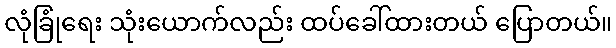
လုံခြုံရေး သုံးယောက်လည်း ထပ်ခေါ်ထားတယ် ပြောတယ်။